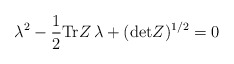
\begin{align*}\lambda^2-{1\over 2}\mbox{Tr}Z\, \lambda +(\mbox{det}Z)^{1/ 2}=0\end{align*}